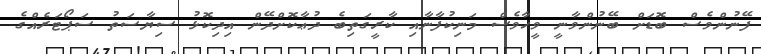
ފޭނުންވެސް ބޮޑަށް ބޭނުންވާނީ ވީހާވެސް މަނިކުފާނާއި ކާރީގަތިބެ ދުޢާކޮށްދޭން އިދިކޮޅު ސިޔާސަތު ސަޕޯޓަރެއްގެ